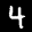
Label: 4